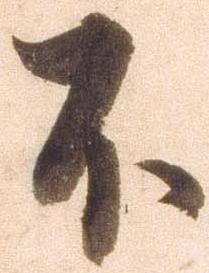
不